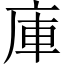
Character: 庫